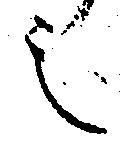
之